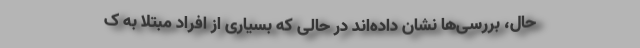
حال، بررسی‌ها نشان داده‌اند در حالی که بسیاری از افراد مبتلا به ک